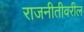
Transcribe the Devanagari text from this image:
राजनीतीवरील